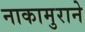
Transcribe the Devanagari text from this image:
नाकामुराने